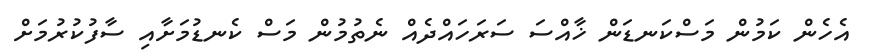
އެހެން ކަމުން މަސްކަނޑަން ޚާއްސަ ސަރަހައްދެއް ނެތުމުން މަސް ކެނޑުމަށާއި ސާފުކުރުމަށް